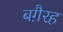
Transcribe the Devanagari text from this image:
बग़ैरह